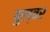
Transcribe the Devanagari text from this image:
बुल्वर